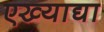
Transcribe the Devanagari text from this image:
एख्याद्या